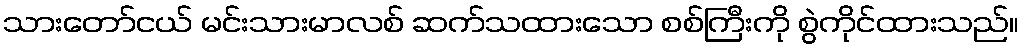
သားတော်ငယ် မင်းသားမာလစ် ဆက်သထားသော စစ်ကြီးကို စွဲကိုင်ထားသည်။